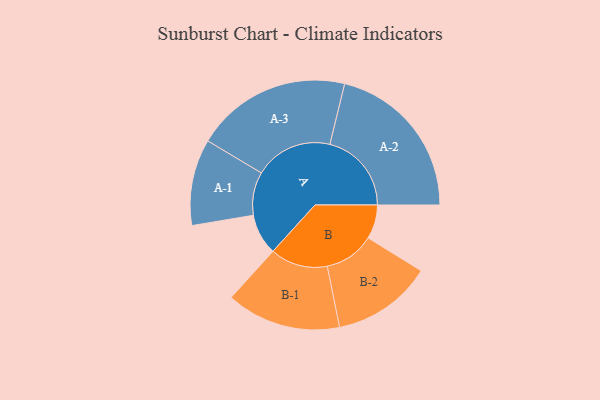
{"axis": {"x": "Segment", "y": "Value"}, "legend": ["", "A", "B"], "data": [{"x": "A", "y": 147, "type": ""}, {"x": "B", "y": 122, "type": ""}, {"x": "A-1", "y": 155, "type": "A"}, {"x": "A-2", "y": 293, "type": "A"}, {"x": "A-3", "y": 280, "type": "A"}, {"x": "B-1", "y": 206, "type": "B"}, {"x": "B-2", "y": 180, "type": "B"}]}